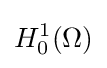
H_{0}^{1}(\Omega )